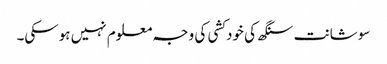
سوشانت سنگھ کی خودکشی کی وجہ معلوم نہیں ہوسکی۔